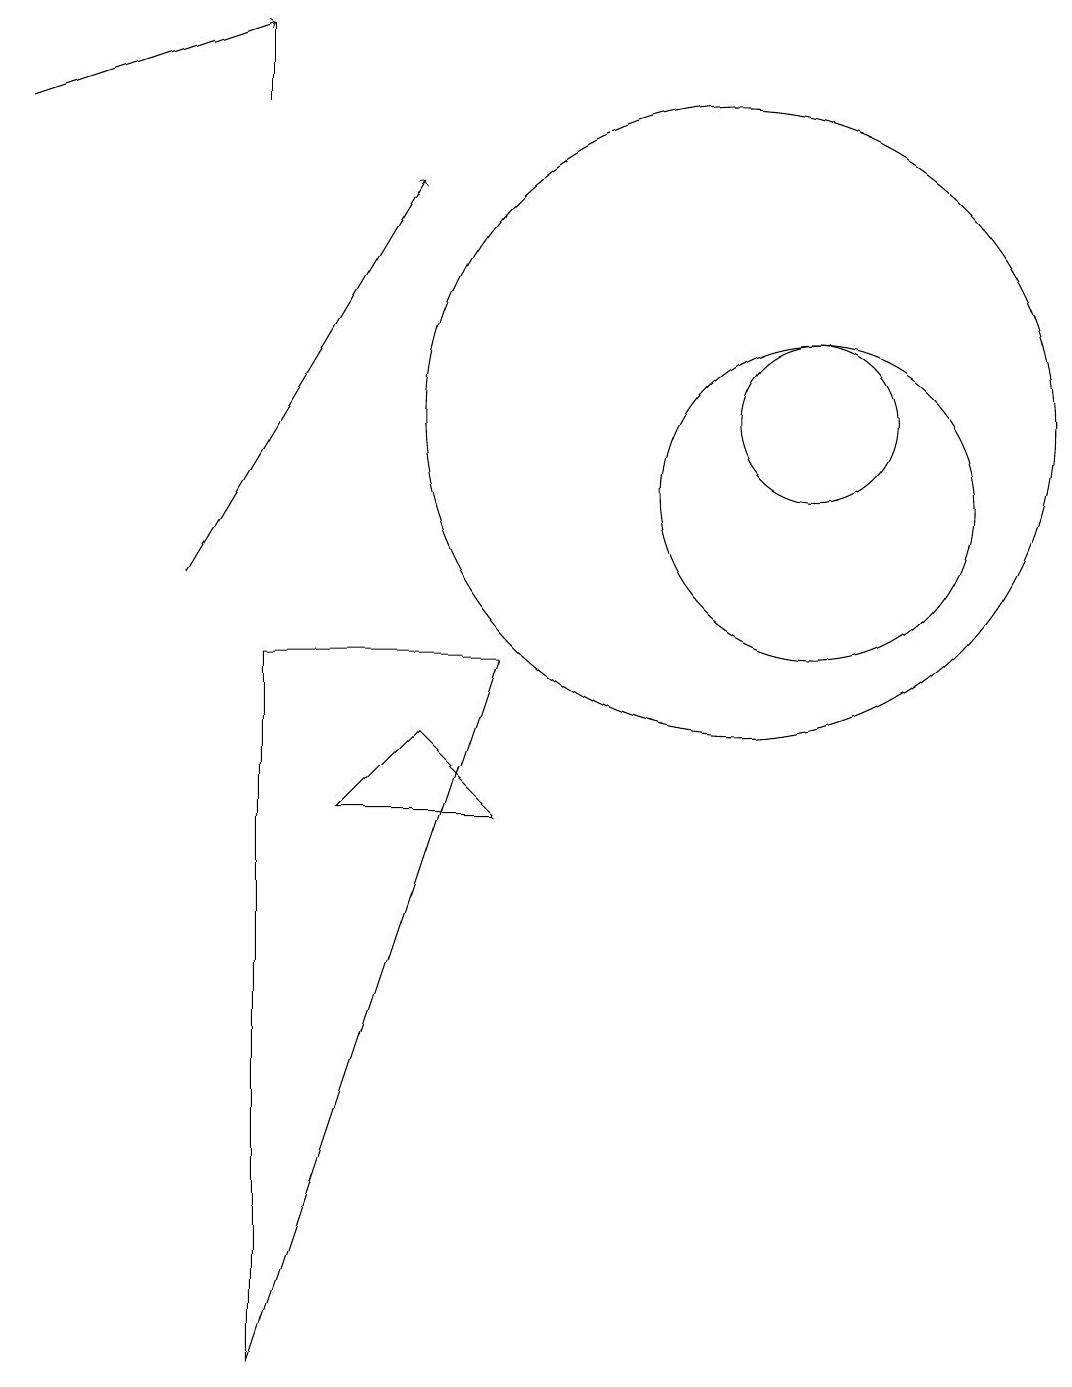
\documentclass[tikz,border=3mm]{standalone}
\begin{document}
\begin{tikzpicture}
\draw (11,12) circle (4);
\draw[->] (4,10) -- (7,15);
\draw (5,16) rectangle (5,17);
\draw (5,9) -- (8,9) -- (5,0) -- cycle;
\draw (6,7) -- (7,8) -- (8,7) -- cycle;
\draw (12,11) circle (2);
\draw[->] (2,16) -- (5,17);
\draw (12,12) circle (1);
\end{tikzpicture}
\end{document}